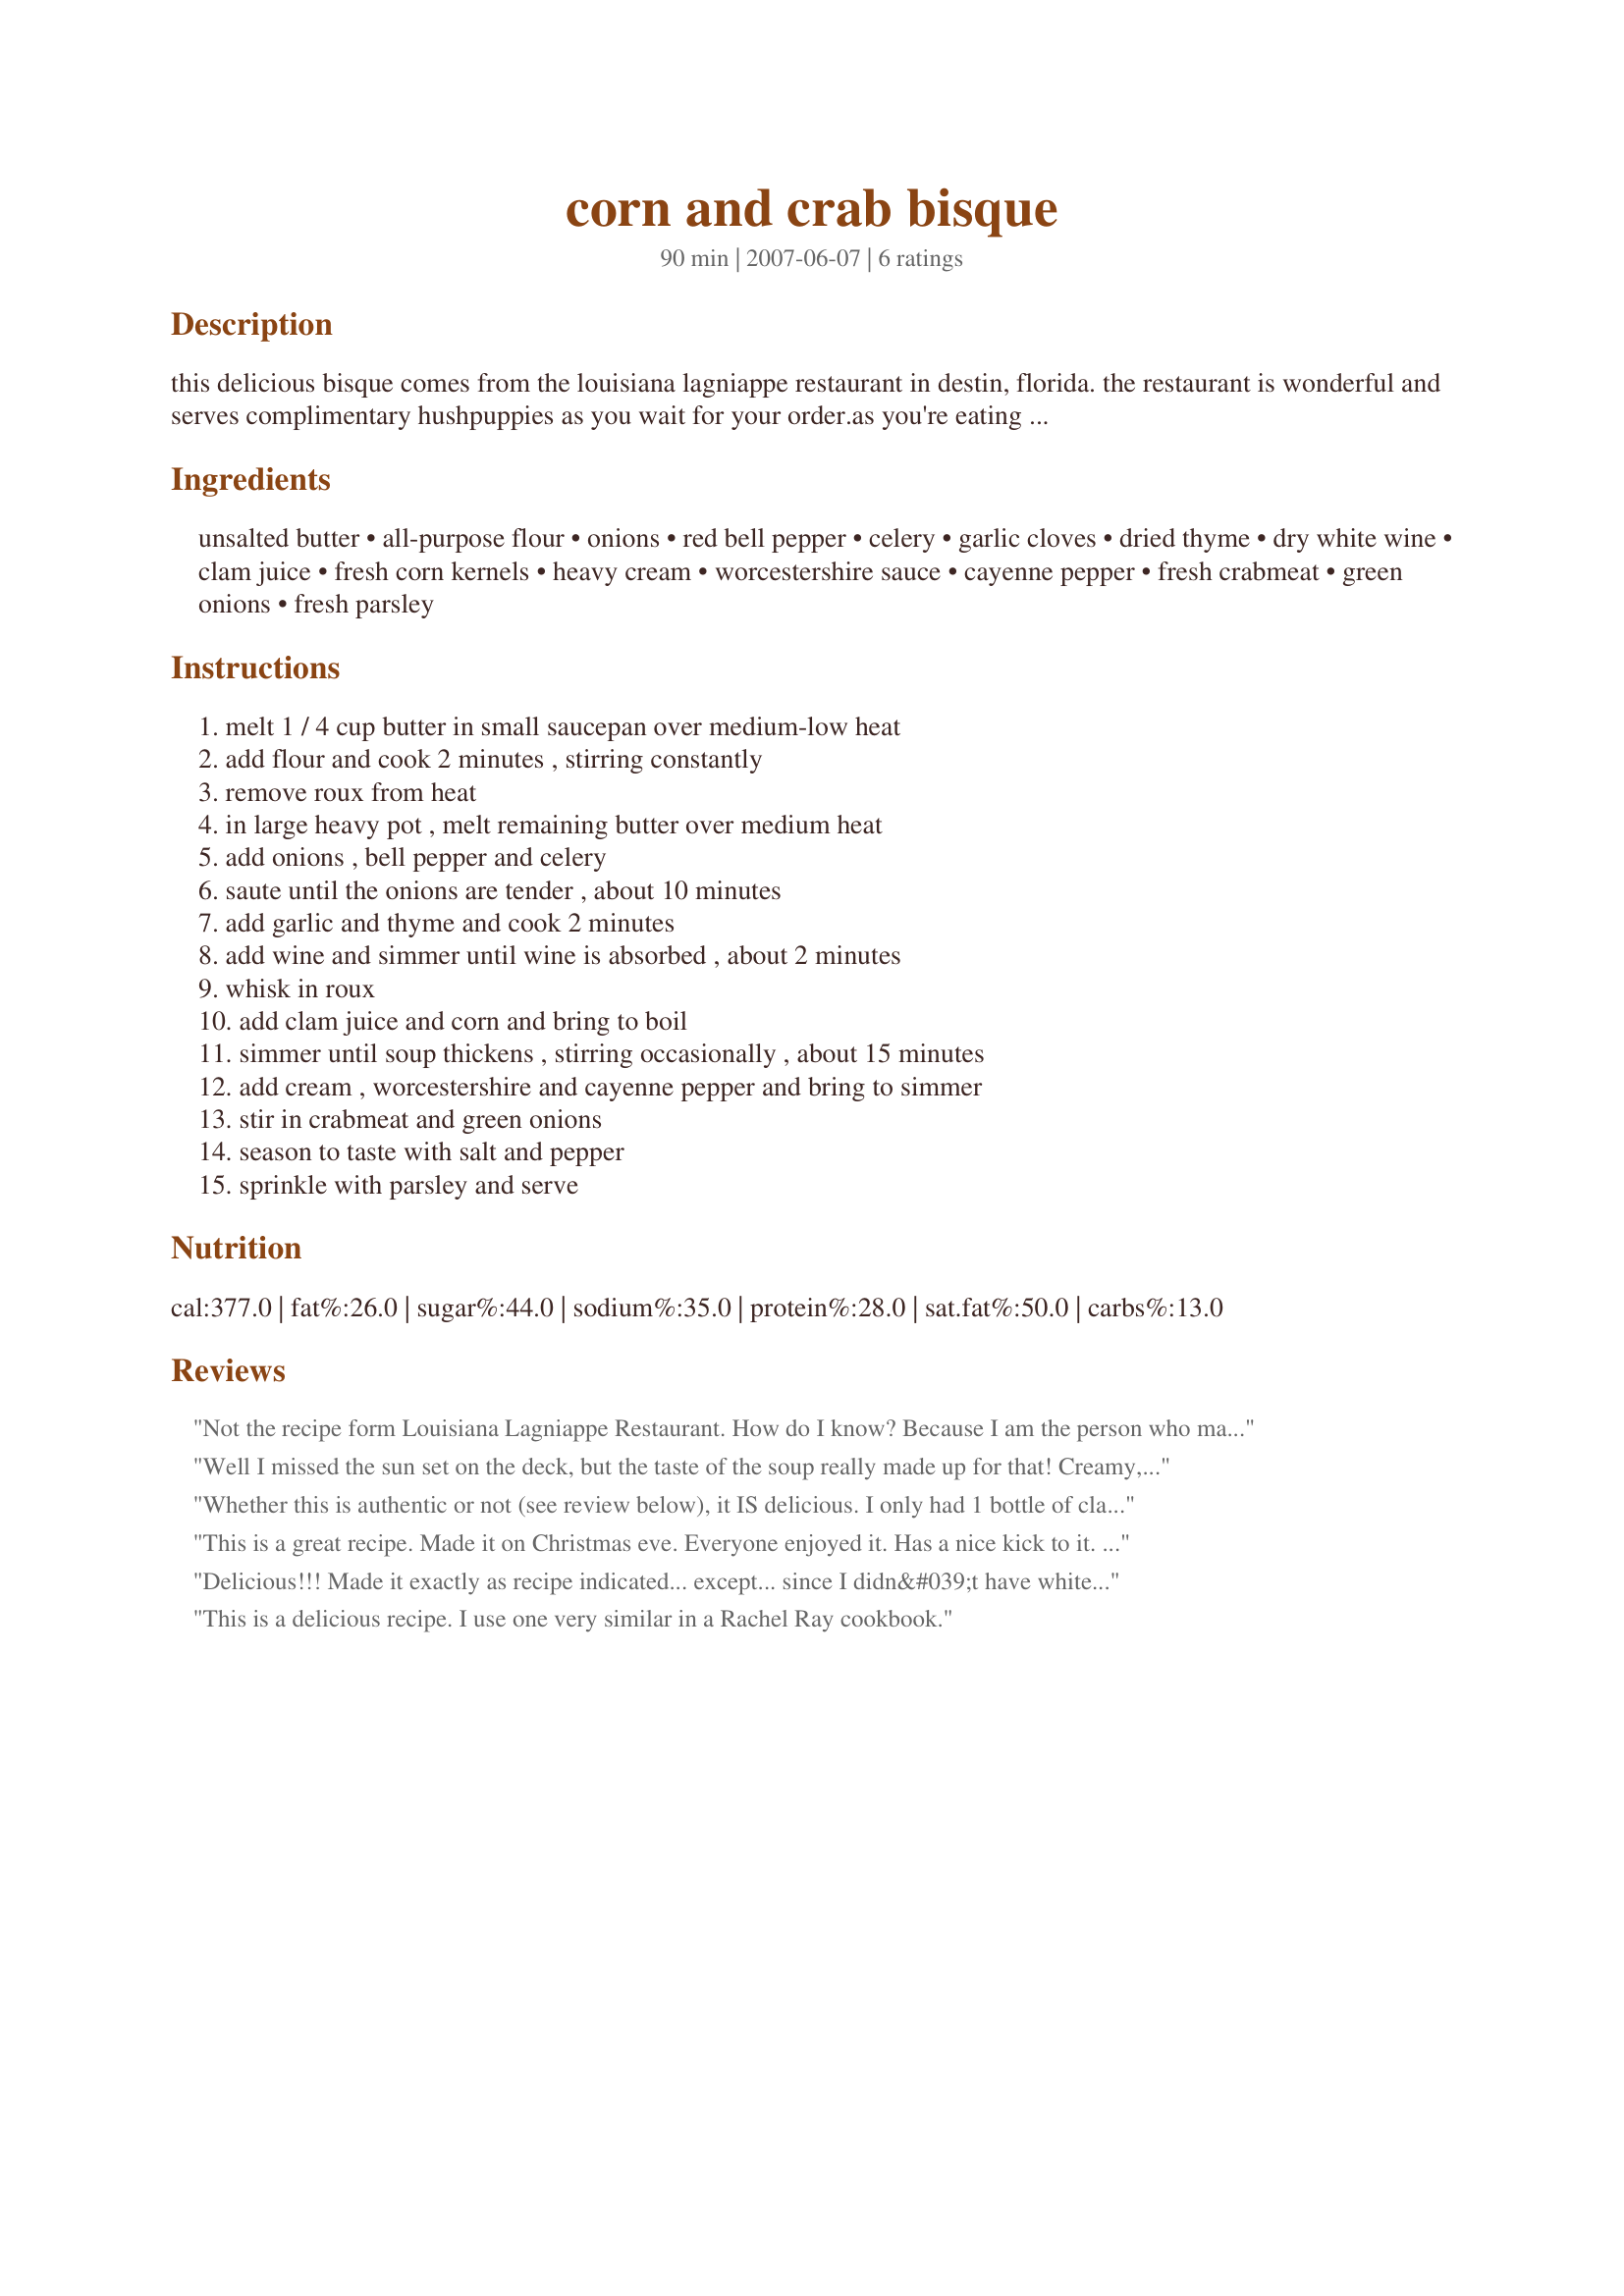
corn and crab bisque
Preparation time: 90 minutes

this delicious bisque comes from the louisiana lagniappe restaurant in destin, florida. the restaurant is wonderful and serves complimentary hushpuppies as you wait for your order.as you're eating on the deck, you can watch the sun set. from a june 2006 issue of bon appetit.

Ingredients:
unsalted butter, all-purpose flour, onions, red bell pepper, celery, garlic cloves, dried thyme, dry white wine, clam juice, fresh corn kernels, heavy cream, worcestershire sauce, cayenne pepper, fresh crabmeat, green onions, fresh parsley

Steps:
melt 1 / 4 cup butter in small saucepan over medium-low heat, add flour and cook 2 minutes , stirring constantly, remove roux from heat, in large heavy pot , melt remaining butter over medium heat, add onions , bell pepper and celery, saute until the onions are tender , about 10 minutes, add garlic and thyme and cook 2 minutes, add wine and simmer until wine is absorbed , about 2 minutes, whisk in roux, add clam juice and corn and bring to boil, simmer until soup thickens , stirring occasionally , about 15 minutes, add cream , worcestershire and cayenne pepper and bring to simmer, stir in crabmeat and green onions, season to taste with salt and pepper, sprinkle with parsley and serve

Reviews:
Not the recipe form Louisiana Lagniappe Restaurant. How do I know? Because I am the person who made the recipe for Louisiana Lagniappe in 1985? The real one is out there you just have to look!!
Well I missed the sun set on the deck, but the taste of the soup really made up for that! Creamy, Yummy, Scrumptious......
Whether this is authentic or not (see review below), it IS delicious. I only had 1 bottle of clam juice and had to add chicken broth for the rest. I also added one finely diced potato. Thanks for posting!
This is a great recipe. Made it on Christmas eve. Everyone enjoyed it. Has a nice kick to it. The only thing I added to it was bacon and old bay seasoning.
Delicious!!! Made it exactly as recipe indicated... except... since I didn&#039;t have white wine- I used sherry. It would have been a lil bit less salty if i had just used the white wine. Next time I&#039;ll make sure and have white on hand!!!&lt;br/&gt;&lt;br/&gt;Definitely gonna make this again!!!
This is a delicious recipe. I use one very similar in a Rachel Ray cookbook.
